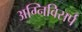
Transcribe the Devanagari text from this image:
अग्निविसर्प